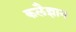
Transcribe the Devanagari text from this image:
कलैज्ञान